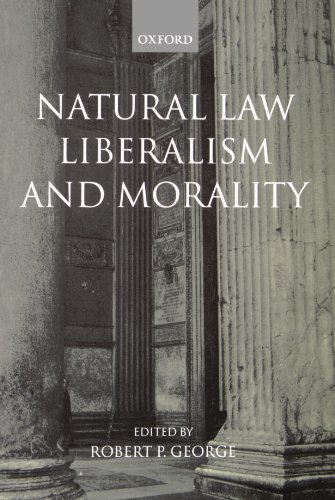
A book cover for Natural Law, Liberalism, and Morality: Contemporary Essays; Law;